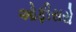
ઓફીસરો